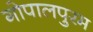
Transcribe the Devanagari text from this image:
गोपालपुरम